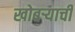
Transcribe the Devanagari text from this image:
खोबर्‍याची